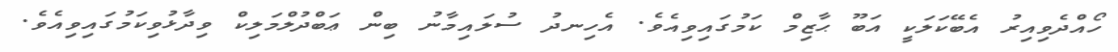
ހޯއްދެވިއިރު އެބޭކަލަކީ އަބޫ ޙާޒިމް ކަމުގައިވިއެވެ. އެހިނދު ސުލައިމާނު ބިން ޢަބްދުލްމަލިކް ވިދާޅުވިކަމުގައިވިއެވެ.